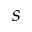
s